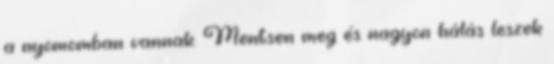
a nyomomban vannak. Mentsen meg és nagyon hálás leszek